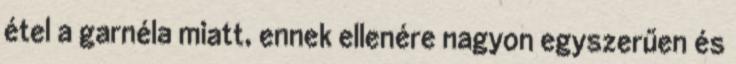
étel a garnéla miatt, ennek ellenére nagyon egyszerűen és